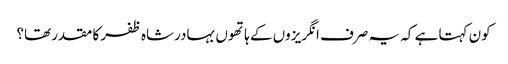
کون کہتا ہے کہ یہ صرف انگریزوں کے ہاتھوں بہادرشاہ ظفر کا مقدر تھا؟